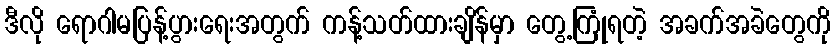
ဒီလို ရောဂါမပြန့်ပွားရေးအတွက် ကန့်သတ်ထားချိန်မှာ တွေ့ကြုံရတဲ့ အခက်အခဲတွေကို